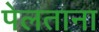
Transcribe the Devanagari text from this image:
पेलताना